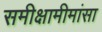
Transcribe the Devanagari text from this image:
समीक्षामीमांसा